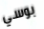
بوسي